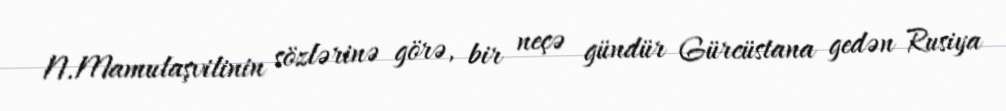
N.Mamulaşvilinin sözlərinə görə, bir neçə gündür Gürcüstana gedən Rusiya